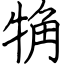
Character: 觕